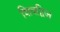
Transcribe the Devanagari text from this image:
शिवद्विज